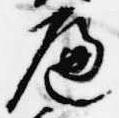
遍